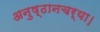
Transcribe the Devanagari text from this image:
अनुष्ठानचर्या।